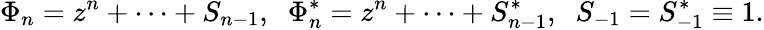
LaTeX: \Phi_{n}=z^{n}+\cdots+S_{n-1},\; \; \Phi_{n}^{*}=z^{n}+\cdots+S_{n-1}^{*},\; \; S_{-1}=S_{-1}^{*}\equiv 1.